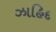
ઝાહિદ